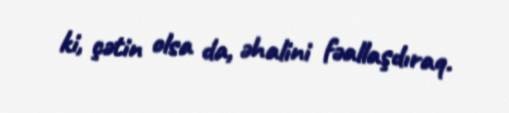
ki, çətin olsa da, əhalini fəallaşdıraq.